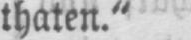
thaten.“